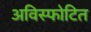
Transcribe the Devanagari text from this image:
अविस्फोटित